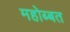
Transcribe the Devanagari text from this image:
महोब्बत